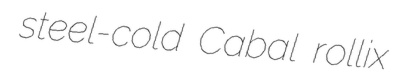
steel-cold Cabal rollix